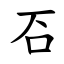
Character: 䂖